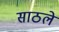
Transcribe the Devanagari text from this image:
साठले